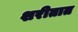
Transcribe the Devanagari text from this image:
शरीतात